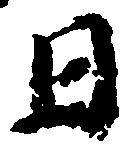
日